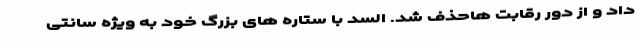
داد و از دور رقابت هاحذف شد. السد با ستاره های بزرگ خود به ویژه سانتی